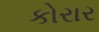
કોરાર